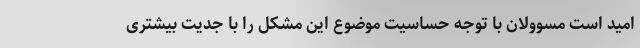
امید است مسوولان با توجه حساسیت موضوع این مشکل را با جدیت بیشتری